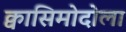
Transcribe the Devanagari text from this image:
क्वासिमोदोला